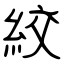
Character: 絞